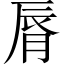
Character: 脣